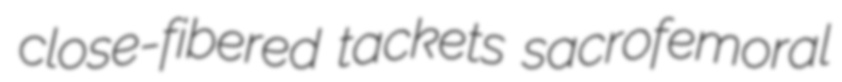
close-fibered tackets sacrofemoral